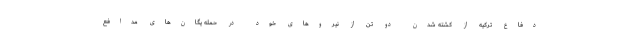
دفاع ترکیه از کشته شدن دو تن از نیروهای خود در حمله یگان‌های مدافع